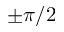
\pm \pi / 2